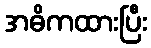
အဓိကထားပြီး